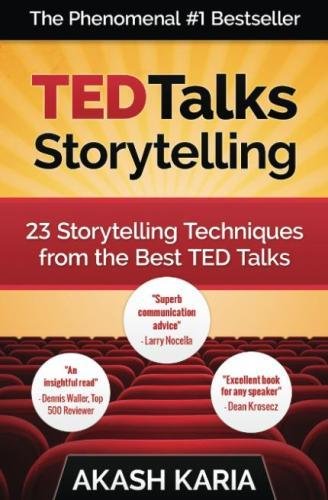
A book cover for TED Talks Storytelling: 23 Storytelling Techniques from the Best TED Talks; Akash Karia; Humor & Entertainment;